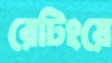
রেটিংয়ে